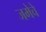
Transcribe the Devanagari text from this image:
जमेचे